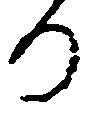
り